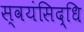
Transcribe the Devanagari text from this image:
स्वयंसिद्धि